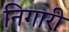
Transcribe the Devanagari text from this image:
निगारी